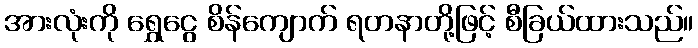
အားလုံးကို ရွှေငွေ စိန်ကျောက် ရတနာတို့ဖြင့် စီခြယ်ထားသည်။